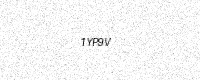
Text: 1YP9V